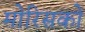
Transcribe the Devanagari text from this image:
मोरिसको